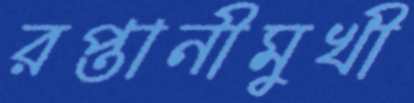
রপ্তানীমুখী